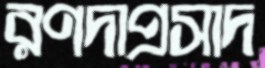
রণদাপ্রসাদ